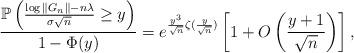
LaTeX: \begin{align*}\frac{\mathbb{P} \left( \frac{\log \| G_n \| - n \lambda }{ \sigma \sqrt{n} } \geq y \right) } {1-\Phi(y)}= e^{ \frac{y^3}{\sqrt{n}}\zeta ( \frac{y}{\sqrt{n}} ) } \left[ 1 + O \left( \frac{ y+1 }{ \sqrt{n} } \right) \right],\end{align*}